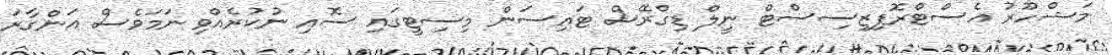
މަޝްހޫރު އެސްޓްރޮފިޒިސިސްޓް ނީލް ޑިގްރޭސް ޓައިސަން މިސިޓީގައި ސޮއި ނުކުރެއްވި ނަމަވެސް އަންގާރަ